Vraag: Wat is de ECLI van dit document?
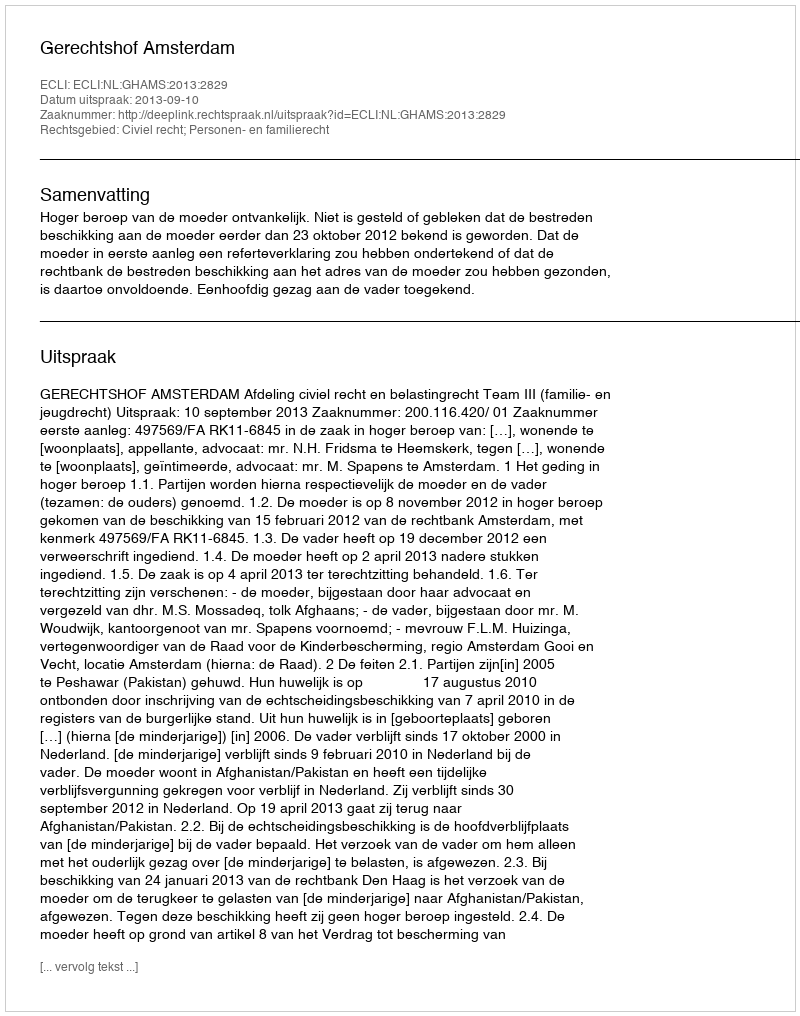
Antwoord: ECLI:NL:GHAMS:2013:2829